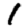
Digit: 1